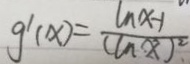
g ^ { \prime } ( x ) = \frac { \ln x - 1 } { ( \ln x ) ^ { 2 } }